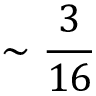
\sim \frac { 3 } { 1 6 }